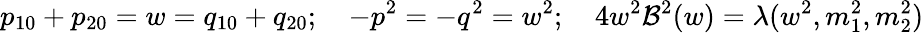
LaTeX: p_{10}+p_{20}=w=q_{10}+q_{20};\quad-p^{2}=-q^{2}=w^{2};\quad4w^{2}\mathcal{B}^{2}(w)=\lambda(w^{2},m_{1}^{2},m_{2}^{2})